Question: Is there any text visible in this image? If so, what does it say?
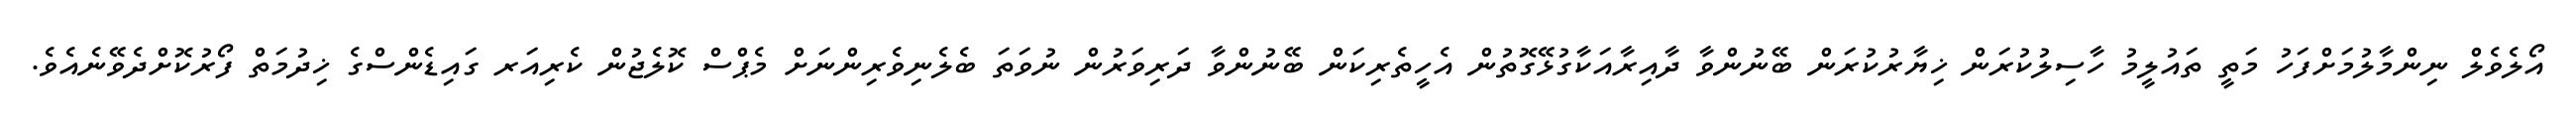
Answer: އޯލެވެލް ނިންމާލުމަށްފަހު މަތީ ތައުލީމު ހާސިލުކުރަން ޚިޔާރުކުރަން ބޭނުންވާ ދާއިރާއަކާގުޅޭގޮތުން އެހީތެރިކަން ބޭނުންވާ ދަރިވަރުން ނުވަތަ ބެލެނިވެރިންނަށް މެޕްސް ކޮލެޖުން ކެރިއަރ ގައިޑެންސްގެ ޚިދުމަތް ފޯރުކޮށްދެވޭނެއެވެ.